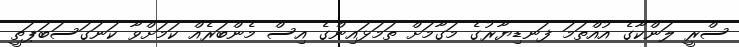
ސްރީ ލަންކާގެ އުއްތަމަ ފަނޑިޔާރުގެ މަގާމަށް ތަމަޅައިންގެ އިސް މެންބަރެއް ކަަމަށްވާ ކަނަގަސަބަޕަތީ